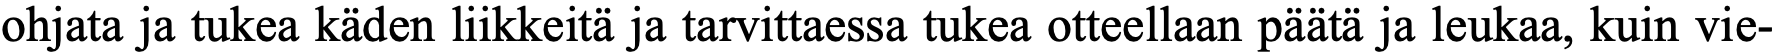
ohjata ja tukea käden liikkeitä ja tarvittaessa tukea otteellaan päätä ja leukaa, kuin vie-